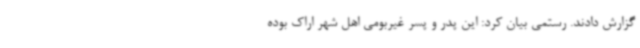
گزارش دادند. رستمی بیان کرد: این پدر و پسر غیربومی اهل شهر اراک بوده